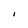
Character: I